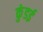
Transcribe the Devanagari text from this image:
कुंडई